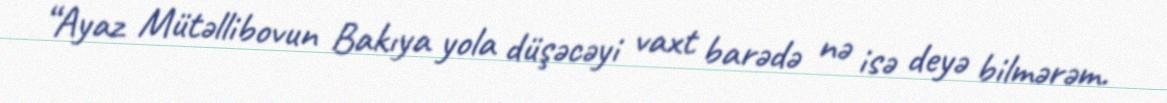
“Ayaz Mütəllibovun Bakıya yola düşəcəyi vaxt barədə nə isə deyə bilmərəm.